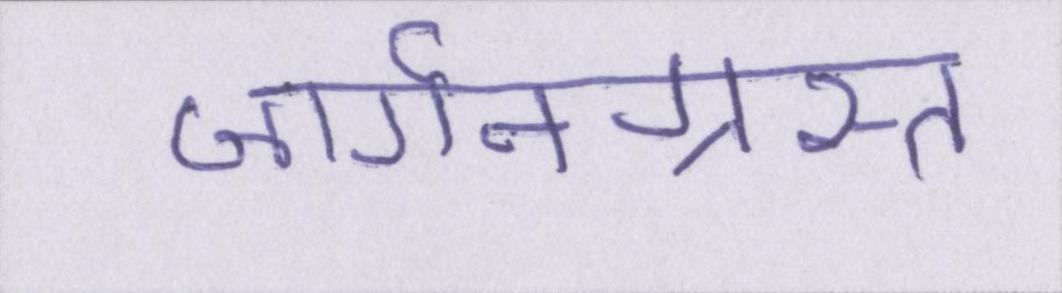
जार्गनग्रस्त